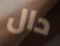
دال